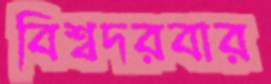
বিশ্বদরবার